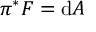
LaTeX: \pi ^ { * } F = \mathrm { d } A